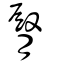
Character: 臀